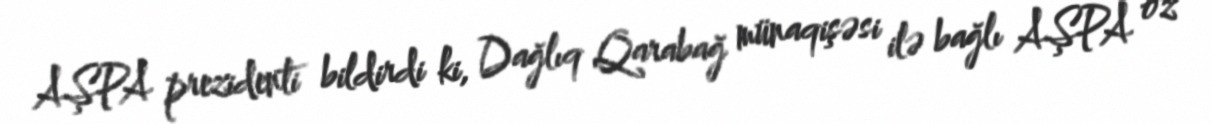
AŞPA prezidenti bildirdi ki, Dağlıq Qarabağ münaqişəsi ilə bağlı AŞPA öz